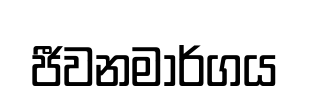
ජීවනමාර්ගය